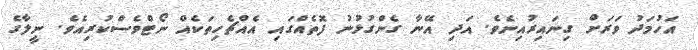
އަހުމަދު ވަރަށް ގިނައިރުއިނެވެ. އަދި އޭނާ ގެންގުޅުނު ފޮތެއްގައި އެއްޗެހިތަކެއް ނޯޓްވެސްކުރިއެވެ. ނީލާގެ